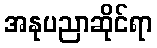
အနုပညာဆိုင်ရာ